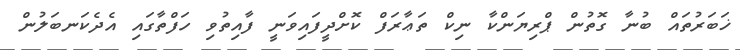
ޚަބަރުތައް ބުނާ ގޮތުން ޕްރިޔަންކާ ނިކް ތަޢާރަފް ކޮށްދީފައިވަނީ ފާއިތުވި ހަފްތާގައި އެދެކަނބަލުން